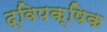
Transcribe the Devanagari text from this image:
द्विपक्षिक